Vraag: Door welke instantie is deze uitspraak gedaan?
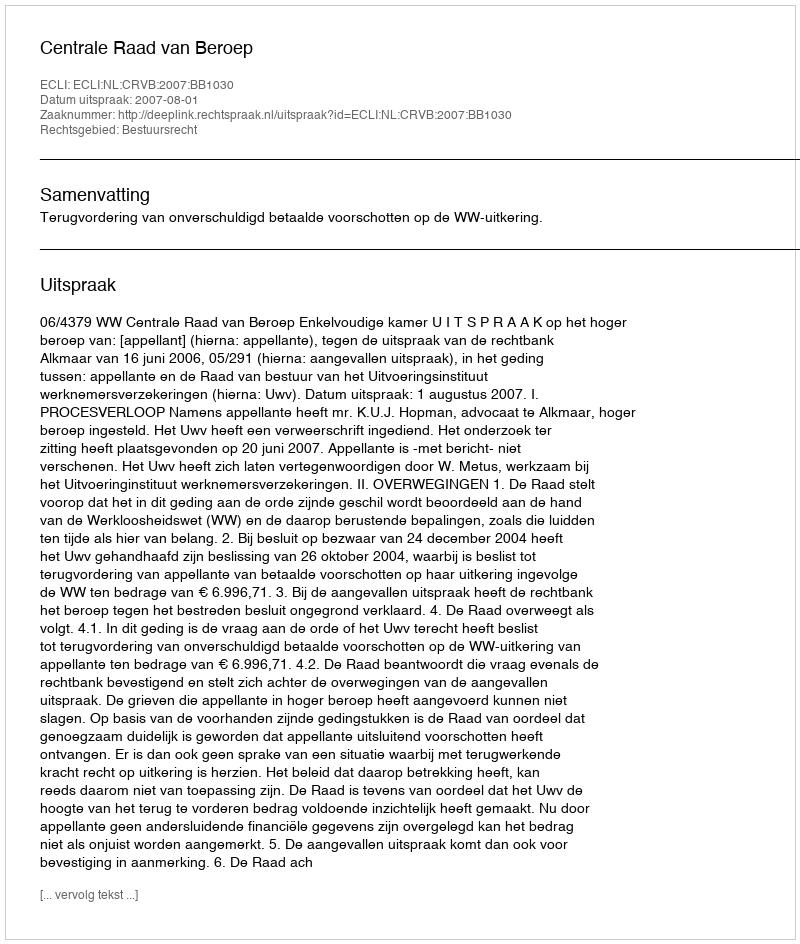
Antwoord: Centrale Raad van Beroep